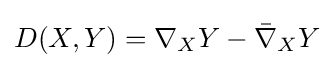
D(X,Y)=\nabla _{X}Y-{\bar {\nabla }}_{X}Y